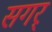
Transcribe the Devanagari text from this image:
सगर्